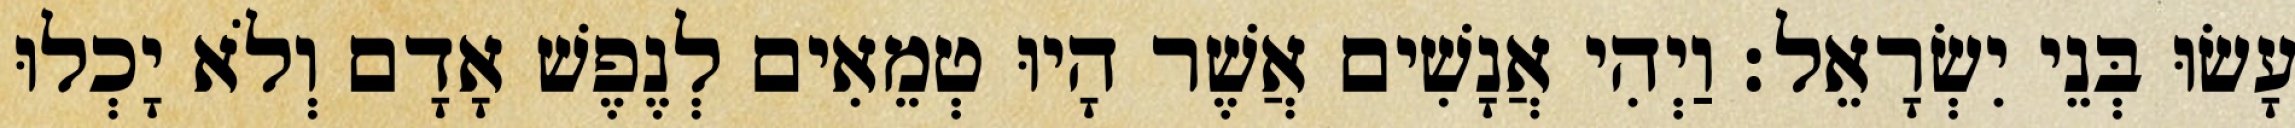
עָשׂוּ בְּנֵי יִשְׂרָאֵל׃ וַיְהִי אֲנָשִׁים אֲשֶׁר הָיוּ טְמֵאִים לְנֶפֶשׁ אָדָם וְלֹא יָכְלוּ